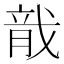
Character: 𬂄